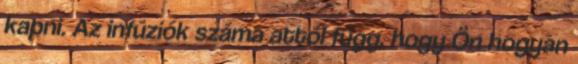
kapni. Az infúziók száma attól függ, hogy Ön hogyan